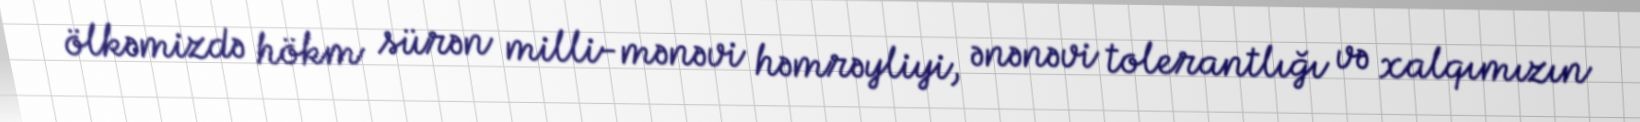
ölkəmizdə hökm sürən milli-mənəvi həmrəyliyi, ənənəvi tolerantlığı və xalqımızın